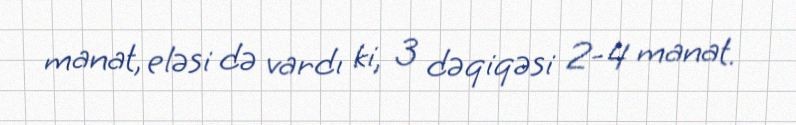
manat, eləsi də vardı ki, 3 dəqiqəsi 2-4 manat.